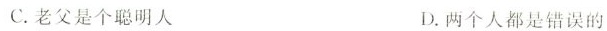
C.老父是个聪明人 D.两个人都是错误的